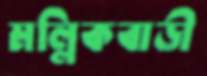
মল্লিকবাড়ী